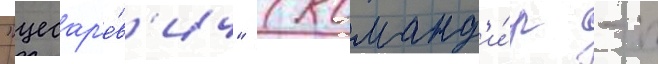
"цесар'е́в'ич" (команд'и́р - п